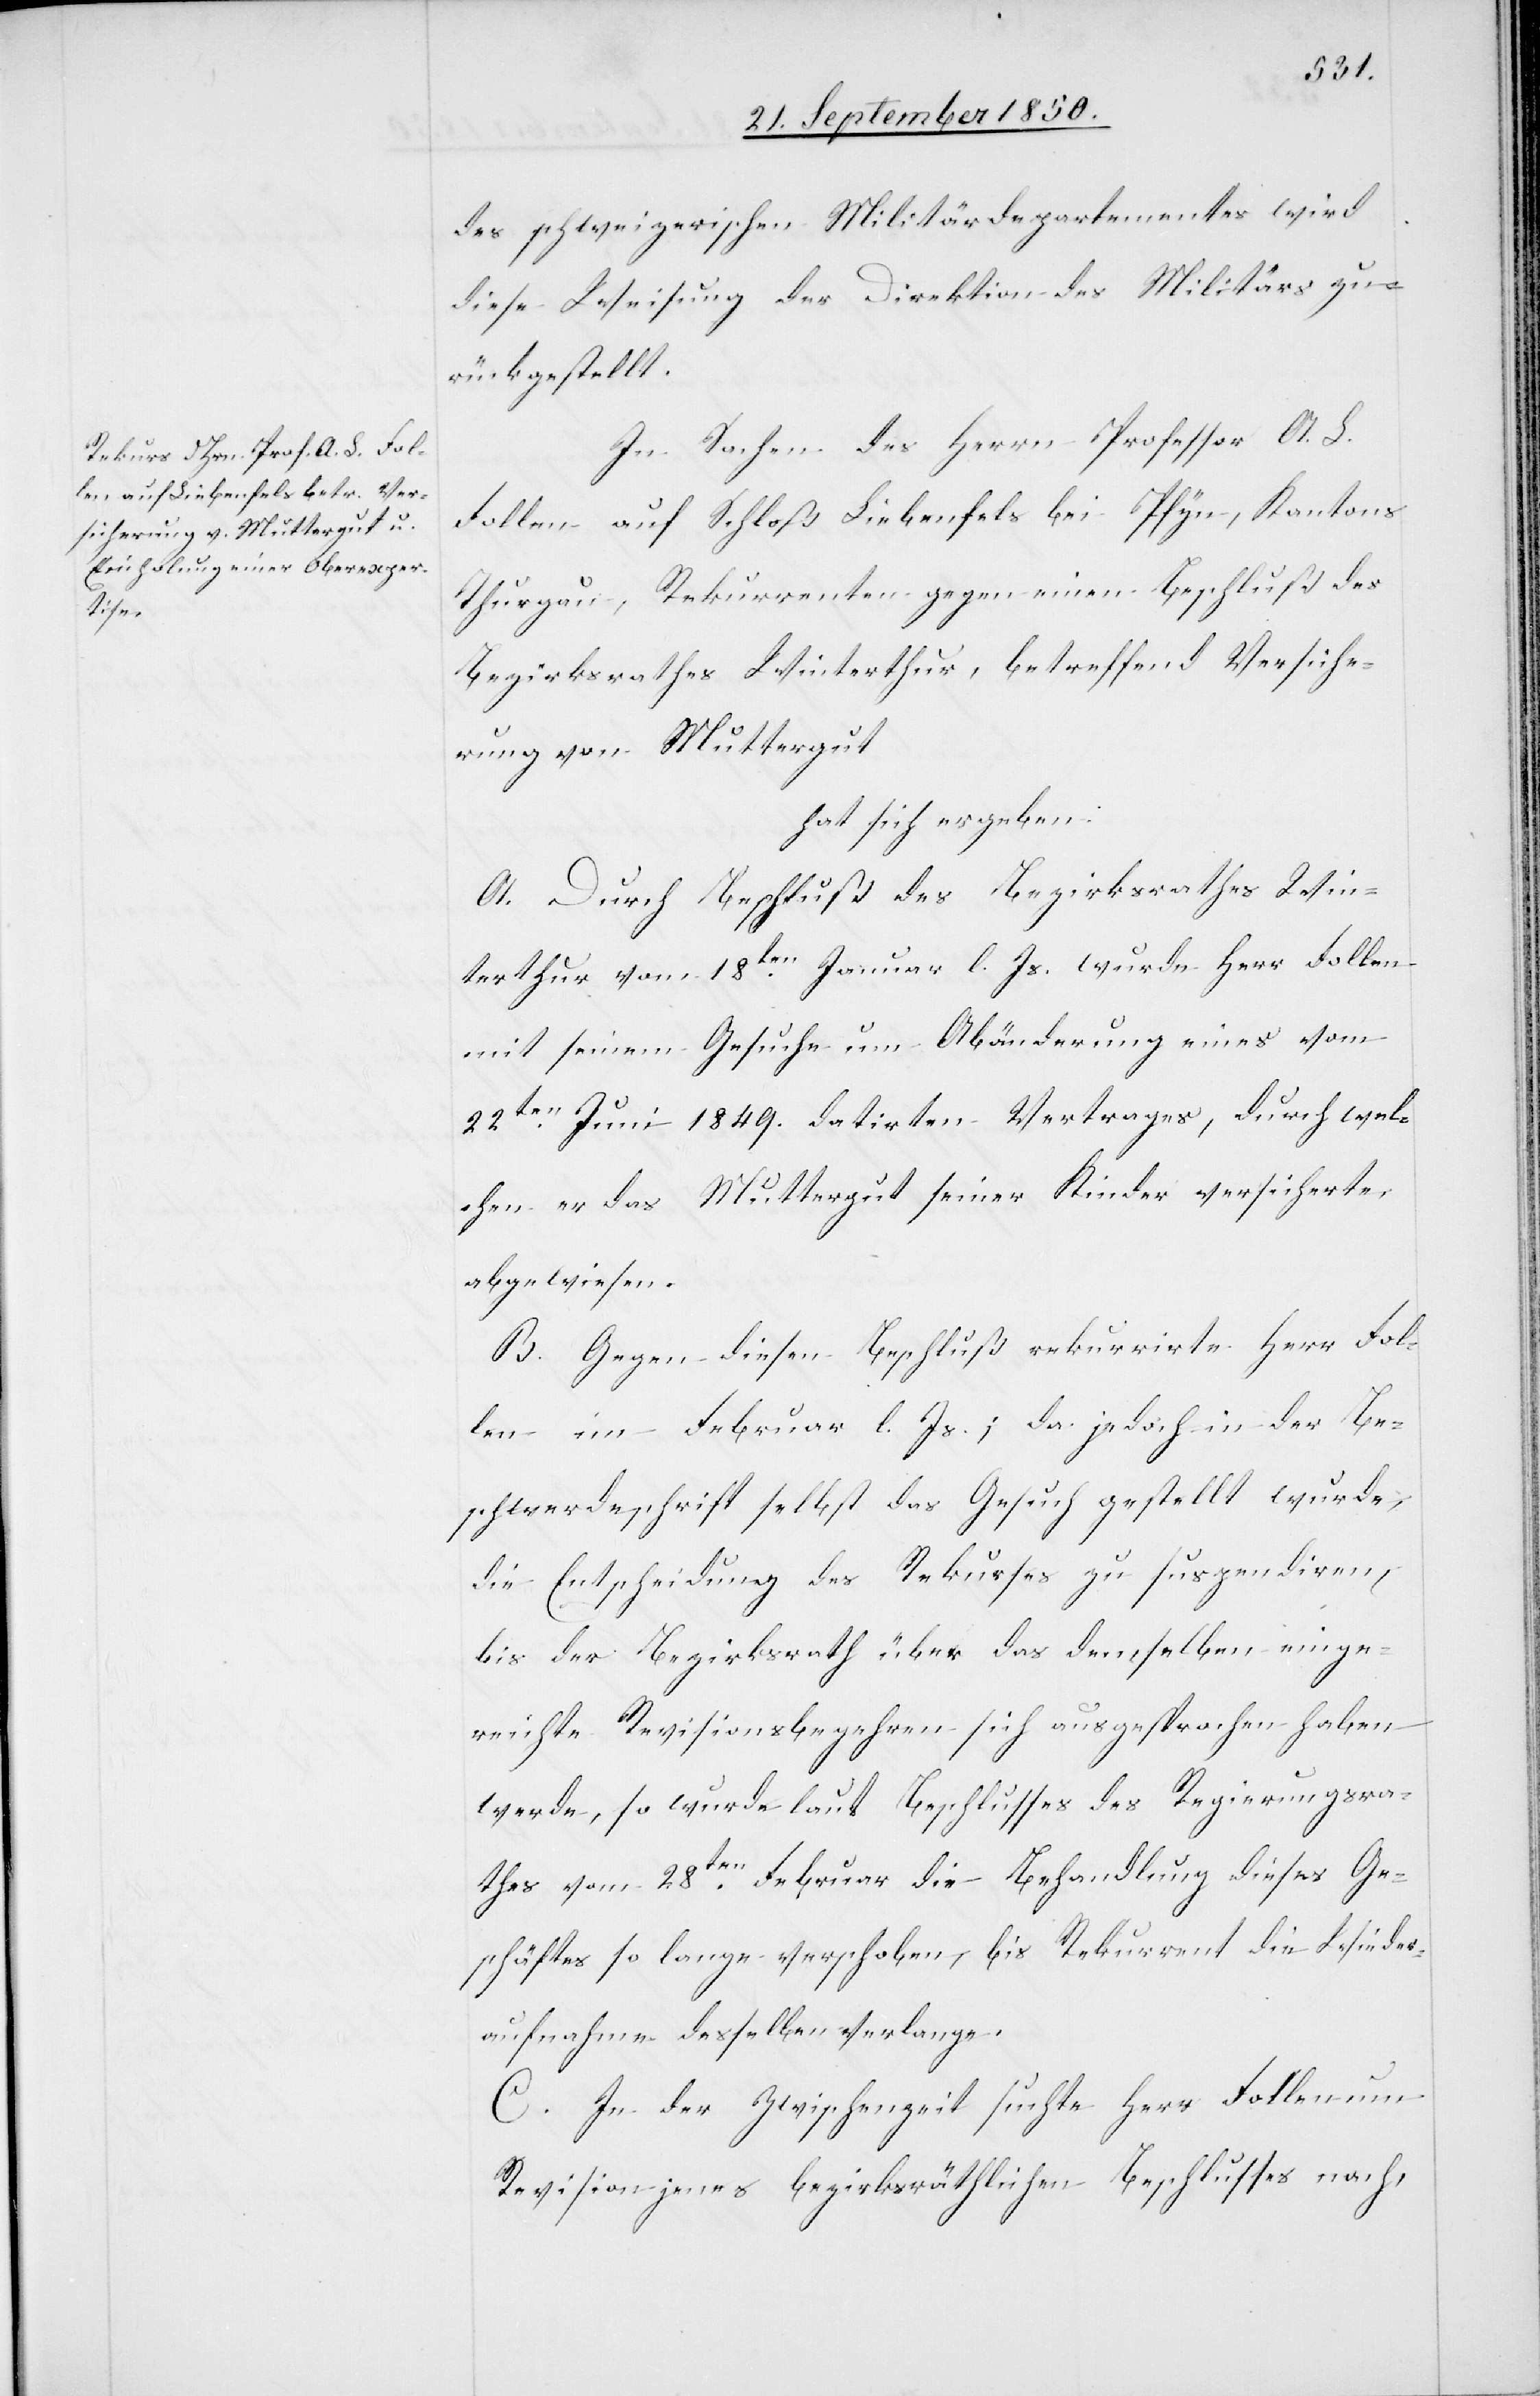
des schweizerischen Militärdepartementes wird
diese Weisung der Direktion des Militärs zu¬
rückgestellt.
In Sachen des Herrn Professor A. S.
Follen auf Schloß Liebenfels bei Pfyn, Kantons
Thurgau, Rekurrenten gegen einen Beschluß des
Bezirksrathes Winterthur, betreffend Versiche¬
rung von Muttergut
hat sich ergeben:
A. Durch Beschluß des Bezirksrathes Win¬
terthur vom 18ten Januar l. Js. wurde Herr Follen
mit seinem Gesuche um Abänderung eines vom
22ten Juni 1849. datirten Vertrages, durch wel¬
chen er das Muttergut seiner Kinder versicherte,
abgewiesen.
B. Gegen diesen Beschluß rekurrirte Herr Fol¬
len im Februar l. Js.; da jedoch in der Be¬
schwerdeschrift selbst das Gesuch gestellt wurde,
die Entscheidung des Rekurses zu suspendiren,
bis der Bezirksrath über das demselben einge¬
reichte Revisionsbegehren sich ausgesprochen haben
werde, so wurde laut Beschlusses des Regierungsra¬
thes vom 28ten Februar die Behandlung dieses Ge¬
schäftes so lange verschoben, bis Rekurrent die Wieder¬
aufnahme desselben verlange.
C. In der Zwischenzeit suchte Herr Follen um
Revision jenes bezirksräthlichen Beschlusses nach,